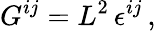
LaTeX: G^{ij}=L^{2}\, \epsilon^{ij}\, ,